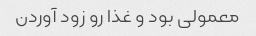
معمولی بود و غذا رو زود آوردن